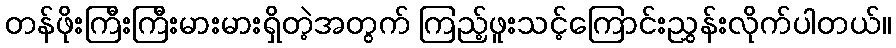
တန်ဖိုးကြီးကြီးမားမားရှိတဲ့အတွက် ကြည့်ဖူးသင့်ကြောင်းညွှန်းလိုက်ပါတယ်။